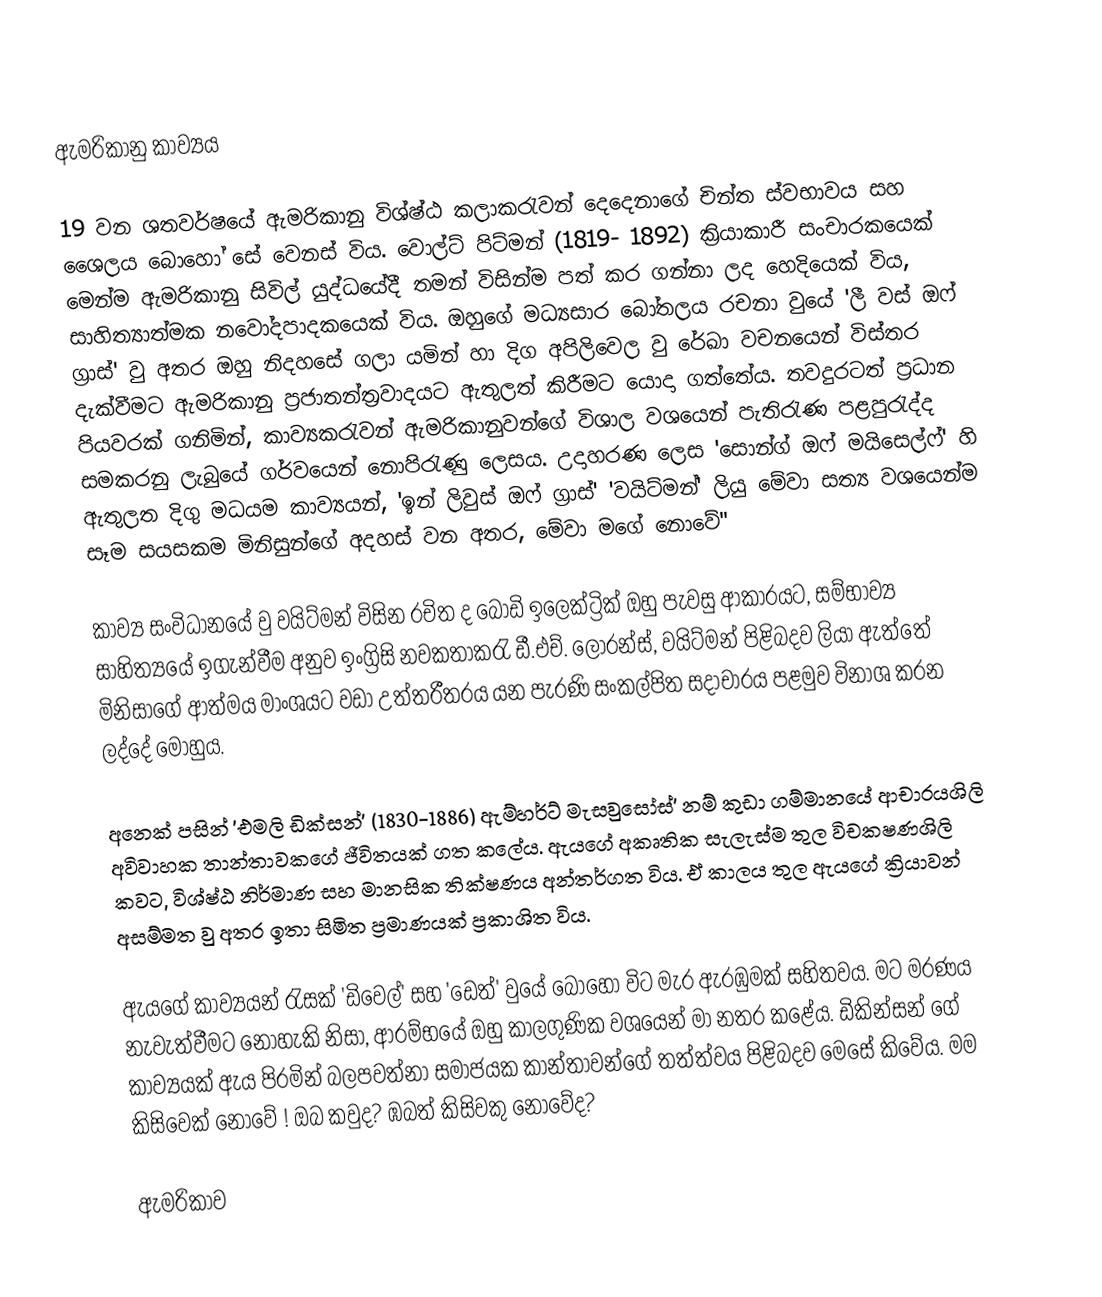
ඇමරිකානු කාව්‍යය

	19 වන ශතවර්ෂයේ ඇමරිකානු විශ්ෂ්ඨ කලාකරැවන් දෙදෙනාගේ චින්ත ස්වභාවය සහ ‍ශෛලය බොහෝ සේ වෙනස් විය. වොල්ට් පිට්මන් (1819- 1892) ක්‍රියාකාරී සංචාරකයෙක් මෙන්ම ඇමරිකානු සිවිල් යුද්ධයේදී තමන් විසින්ම පත් කර ගන්නා ලද හෙදියෙක් විය, සාහිත්‍යාත්මක නවෝදපාදකයෙක් විය. ඔහුගේ මධ්‍යසාර බෝතලය රචනා වුයේ 'ලී වස් ඔෆ් ග්‍රාස්' වු අතර ඔහු නිදහසේ ගලා යමින් හා දිග අපිලිවෙල වු රේඛා වචනයෙන් විස්තර දැක්වීමට ඇමරිකානු ප්‍රජාතන්ත්‍රවාදයට ඇතුලත් කිරීමට යොදා ගත්තේය. තවදුරටත් ප්‍රධාන පියවරක් ගනිමින්, කාව්‍යකරැවන් ඇමරිකානුවන්ගේ විශාල වශයෙන් පැතිරැණ පළපුරැද්ද සමකරනු ලැබුයේ ගර්වයෙන් නොපිරැණු ලෙසය. උදාහරණ ලෙස 'සොන්ග් ඔෆ් මයිසෙල්ෆ්' හි ඇතුලත දිගු මධයම කාව්‍යයන්, 'ඉන් ලිවුස් ඔෆ් ග්‍රාස්' 'වයිට්මන්' ලියු මේවා සත්‍ය වශයෙන්ම සෑම සයසකම මිනිසුන්ගේ අදහස් ‍වන අතර, මේවා මගේ නොවේ''

	කාව්‍ය සංවිධානයේ වු වයිට්මන් විසින රචිත ද බොඩි ඉලෙක්ට්‍රික් ඔහු පැවසු ආකාරයට, සම්භාව්‍ය සාහිත්‍යයේ ඉගැන්වීම අනුව ඉංග්‍රිසි නවකතාකරැ ඩී.එච්. ලොරන්ස්, වයිට්මන් පිළිබදව ලියා ඇත්තේ මිනිසාගේ ආත්මය මාංශයට වඩා උත්තරීතරය යන පැරණි සංකල්පිත සදාචාරය පළමුව විනාශ කරන ලද්දේ මොහුය.

	අනෙක් පසින් 'එමලි ඩික්සන්' (1830-1886) ඇම්හර්ට් මැසවුසෝස්' නම් කුඩා ගම්මානයේ ආචාරයශිලි අවිවාහක ‍තාන්තාවකගේ ජීවිතයක් ගත කලේය. ඇයගේ අකෘතික සැලැස්ම තුල විචකෂණශිලි කවට, විශ්ෂ්ඨ නිර්මාණ සහ මානසික තික්ෂණය අන්තර්ගත විය. ඒ කාලය තුල ඇයගේ ක්‍රියාවන් අසම්මත වු අතර ඉතා සිමිත ප්‍රමාණයක් ප්‍රකාශිත විය.

	ඇයගේ කාව්‍යයන් රැසක් 'ඩිවෙල්' සහ 'ඩෙත්' වුයේ බොහෝ විට මැර ඇරඹුමක් සහිතවය. මට මරණය නැවැත්වීමට නොහැකි නිසා, ආරම්භයේ ඔහු කාලගුණික වශයෙන් මා නතර කළේය. ඩිකින්සන් ගේ කාව්‍යයක් ඇය පිරමින් බලපවත්නා සමාජයක කාන්තාවන්ගේ තත්ත්වය පිළිබදව මෙසේ කිවේය. මම කිසිවෙක් නොවේ ! ඔබ කවුද? ඹබත් කිසිවකු නොවේද?

ඇමරිකාව